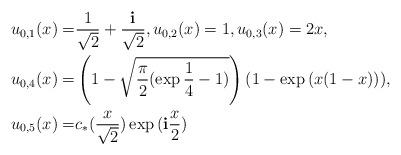
LaTeX: \begin{align*}u_{0,1}(x)=&\frac1{\sqrt{2}}+\frac{\bf{i}}{\sqrt{2}},u_{0,2}(x)=1,u_{0,3}(x)=2x,\\u_{0,4}(x)=&\left(1-\sqrt{\frac{\pi}{2}(\exp{\frac14}-1)}\right)(1-\exp{(x(1-x))}),\\u_{0,5}(x)=&c_*(\frac{x}{\sqrt{2}})\exp{({\bf{i}} \frac{x}2)}\end{align*}